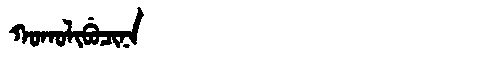
Manchu: ᡴᠣᡴᠣᠯᡳᠪᡠᠴᡳᠨᠠ
Romanization: KOKOLIBUCINA